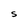
Character: S